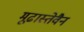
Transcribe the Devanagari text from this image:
मूढास्तेवैन